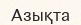
Азықта